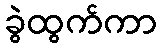
ခွဲထွက်ကာ